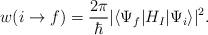
LaTeX: \begin{align*}w(i\rightarrow f) ={2\pi\over\hbar}|\langle\Psi_f|H_I|\Psi_i\rangle|^2.\end{align*}